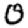
Digit: 0